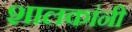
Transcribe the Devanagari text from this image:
शालकांनी